Annual report of the Prince of Wales Medical College, Patna
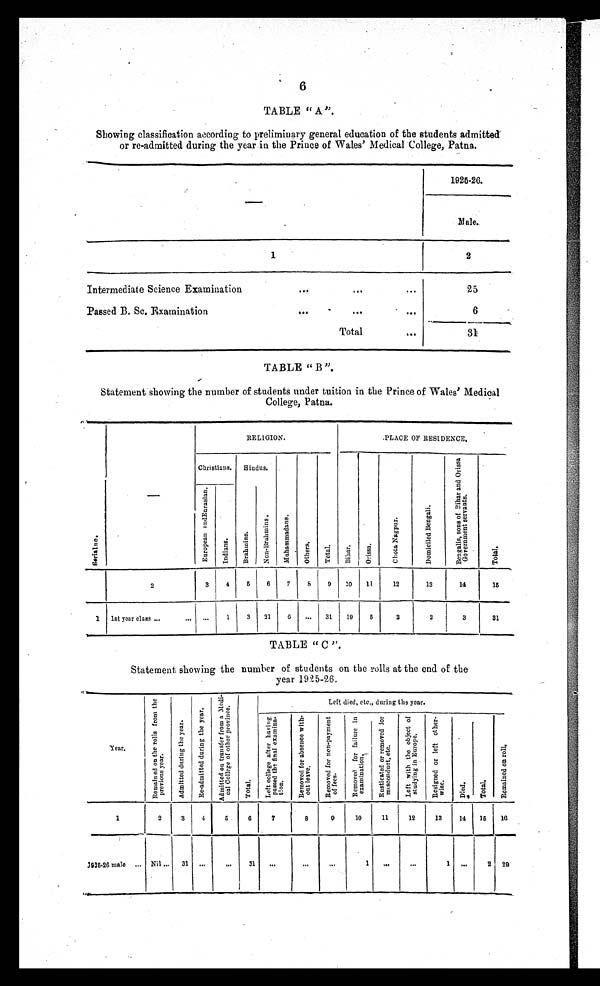
6
TABLE " A ".
Showing classification according to preliminary general education of the students admitted
or re-admitted during the year in the Prince of Wales' Medical College, Patna.
—
1925-26.
M a l e .
1
2
Intermediate Science Examination
. . .
•••
•••
25
Passed B. Sc. Examination
•••
. . .
•••
6
Total
...
31
TABLE " B ".
Statement showing the number of students under tuition in the Prince of Wales' Medical
College, Patna.
S e r i a l n o .
—
RELIGION.
.PLACE OF RESIDENCE.
Christians.
Hindus.
M u h a m m a d a n s .
O t h e r s .
T o t a l .
B i h a r .
O r i s s a .
C h o t a N a g p u r .
D o m i c i i e d B e n g a l i .
B e n g a l i s , s o n s o f B i h a r a n d O r r i s a G o v e r n m e n t s e r v a n t s .
T o t a l .
Eur opean and Eur as i an.
I n d i a n s .
B r a h m i n s .
N o n - B r a h i m n s .
2
3
4
5
6
7
8
9
10
11
12
13
14
15
1 1st year class ...
...
. . .
1
3
21
6 ...
31
19
5
2
2
3
31
TABLE " C ".
Statement showing the number of students on the rolls at the end of the
year 1925-26.
Year.
R e m a i n e d o n t h e r o l l s f r o m t h e p r e v i o u s y e a r .
A d m i t t e d d u r i n g t h e y e a r .
R e - a d m i t t e d d u r i n g t h e y e a r .
A d m i t t e d o n t r a n s f e r f r o m a M e d i c a l C o l l e g e o f o t h e r p r o v i n c e .
T o t a l .
Left died, etc., during the year.
L e f t c o l l e g e a f t e r h a v i n g p a s s e d t h e f i n a l e x a m i n a t i o n .
R e m o v e d f o r a b s e n c e w i t h - o u t l e a v e .
R e m o v e d f o r n o n - p a y m e n t o f f e e s .
R e m o v e d f o r f a i l u r e i n e x a m i n a t i o n .
R u s t i c a t e d o r r e m o v e d f o r m i s c o n d u c t , e t c .
L e f t w i t h t h e o b j e c t o f s t u d y i n g i n E u r o p e .
R e s i g n e d o r l e f t o t h e r - w i s e .
D i e d .
T o t a l .
R e m a i n e d o n r o l l .
1
2
3
4
5
6
7
8
9
10
11
12
13
14
15
16
1 9 2 5 – 2 6 m a l e .... Nil ... 31 ...
. . .
3 1
. . .
. . .
. . .
1
. . .
•••
1
. . .
2 29